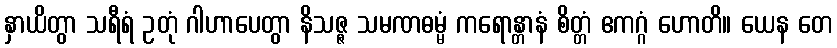
နှာယိတွာ သရီရံ ဥတုံ ဂါဟာပေတွာ နိသဇ္ဇ သမဏဓမ္မံ ကရောန္တာနံ စိတ္တံ ဧကဂ္ဂံ ဟောတိ။ ယေန တေ